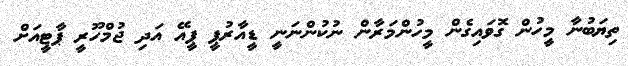
ތިޔަބުނާ މީހުން ގޮވައިގެން މީހުންމަރާން ނުކުންނަނީ ޑީއާރުޕީ ޕީއޭ އަދި ޖުމްހޫރީ ޕާޓީއަށް